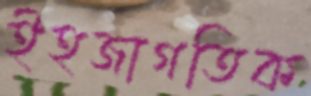
ইহজাগতিক